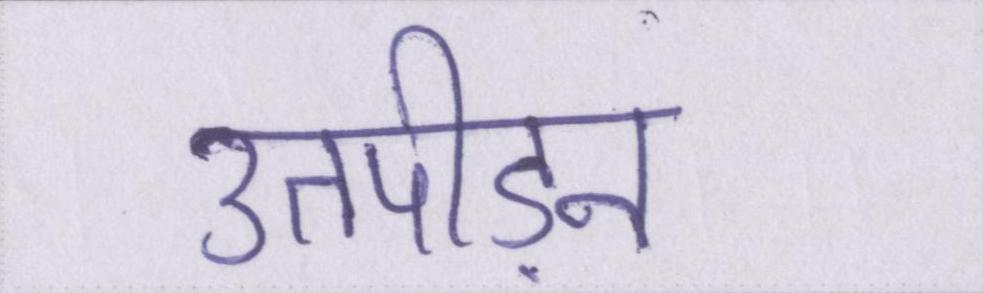
उतपीड़न